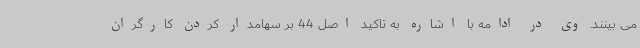
می بینند. وی در ادامه با اشاره به تاکید اصل 44 بر سهامدار کردن کارگران